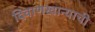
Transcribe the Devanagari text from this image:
दिवाणखान्याची